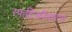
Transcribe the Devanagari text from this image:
स्फटिकीकरण